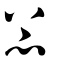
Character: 忐